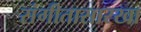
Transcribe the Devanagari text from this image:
संगीतासारखा